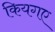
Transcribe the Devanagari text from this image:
कियगए